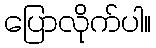
ပြောလိုက်ပါ။